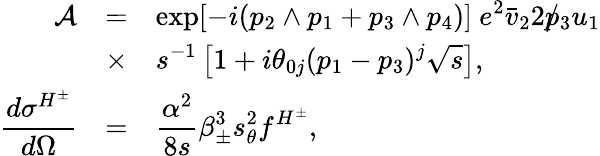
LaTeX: \begin{array}{rcl}{{{\cal A}}}&{{=}}&{{\displaystyle\exp[-i(p_{2}\wedge p_{1}+p_{3}\wedge p_{4})]~e^{2}\bar{v}_{2}2\rlap/p_{3}u_{1}}}\\ {{}}&{{\times}}&{{\displaystyle s^{-1}\left[1+i\theta_{0j}(p_{1}-p_{3})^{j}\sqrt{s}\right],}}\\ {{\displaystyle\frac{d\sigma^{H^{\pm}}}{d\Omega}}}&{{=}}&{{\displaystyle\frac{\alpha^{2}}{8s}\beta_{\pm}^{3}s_{\theta}^{2}f^{H^{\pm}},}}\end{array}